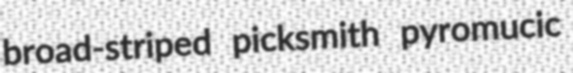
broad-striped picksmith pyromucic